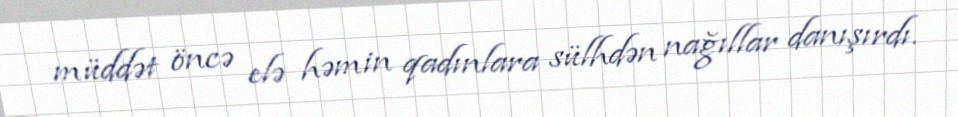
müddət öncə elə həmin qadınlara sülhdən nağıllar danışırdı.